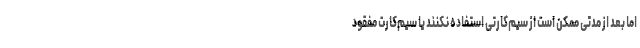
اما بعد از مدتی ممکن است از سیم‌کارتی استفاده نکنند یا سیم‌کارت مفقود